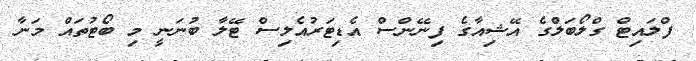
ފްލައިޓް ގްލޯބަލްގެ އޭޝިއާގެ ފިނޭންސް އެޑިޓަރުއެލިސް ޓޭލާ ބުނަނީ މި ބޯޓުތައް މަނާ